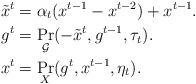
LaTeX: \begin{align*}\tilde x^{t}&=\alpha_t (x^{t-1}-x^{t-2})+ x^{t-1}. \\g^{t} &= \Pr_{{\cal G}} (-\tilde x^t, g^{t-1}, \tau_t). \\ x^{t} &= \Pr_{X} (g^t, x^{t-1}, \eta_t). \end{align*}